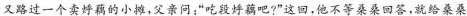
又路过一个卖好藕的小摊，父亲问：”吃段好藕吧?”这回，他不等桑桑回答，就给桑桑